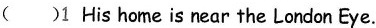
( )1 His home is near the London Eye.